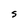
Character: S